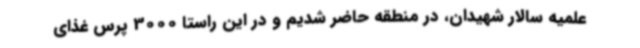
علمیه سالار شهیدان، در منطقه حاضر شدیم و در این راستا 3000 پرس غذای